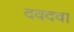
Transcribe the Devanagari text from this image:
दवदवा